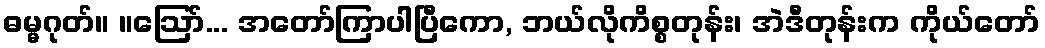
ဓမ္မဂုတ်။ ။ဩော်... အတော်ကြာပါပြီကော, ဘယ်လိုကိစ္စတုန်း၊ အဲဒီတုန်းက ကိုယ်တော်